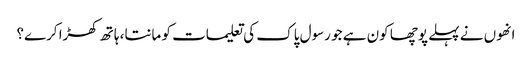
انھوں نے پہلے پوچھا کون ہے جو رسول پاک کی تعلیمات کو مانتا، ہاتھ کھڑا کرے؟